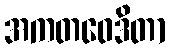
အကတဝေဒိတာ